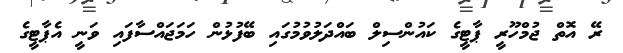
ރޭ އޮތް ޖުމްހޫރީ ޕާޓީގެ ކައުންސިލް ބައްދަލުވުމުގައި ބޭފުޅުން ހަމަޖައްސާފައި ވަނީ އެޕާޓީގެ